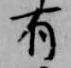
有